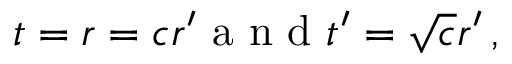
t = r = c r ^ { \prime } \mathrm { ~ a ~ n ~ d ~ } t ^ { \prime } = \sqrt { c } r ^ { \prime } \, ,